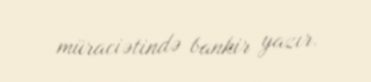
müraciətində bankir yazır.